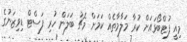
މިއީ ފުޓްބޯޅައަށް ކުރާ މަލާމާތެއް ކަމަށް މެޗު ބަލަން ހުރި ފަސްޓް ޑިވިޒަނުގެ